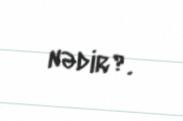
nədir?.